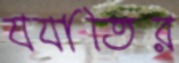
যযাতির